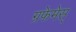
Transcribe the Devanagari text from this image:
ग्रफेमेस्